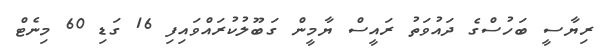
ރިޔާސީ ބަހުސްގެ ދައުވަތު ރައީސް ޔާމީން ގަބޫލުކުރައްވައިފި 16 ގަޑި 60 މިނެޓް